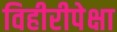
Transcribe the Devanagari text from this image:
विहीरीपेक्षा